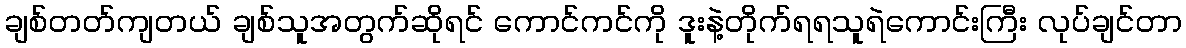
ချစ်တတ်ကျတယ် ချစ်သူအတွက်ဆိုရင် ကောင်ကင်ကို ဒူးနဲ့တိုက်ရရသူရဲကောင်းကြီး လုပ်ချင်တာ